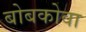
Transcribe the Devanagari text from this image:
बोबकोवा